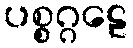
ပစ္စဂ္ဂဠေ